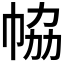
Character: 𢂐